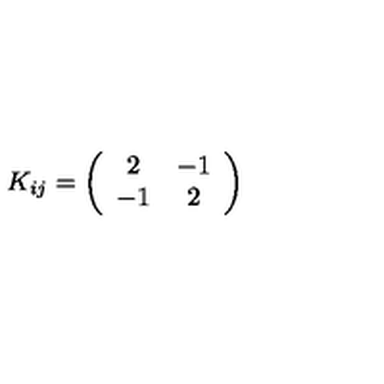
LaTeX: K _ { i j } = \left( \begin{array} { c c } { 2 } & { - 1 } \\ { - 1 } & { 2 } \\ \end{array} \right)